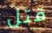
قتل